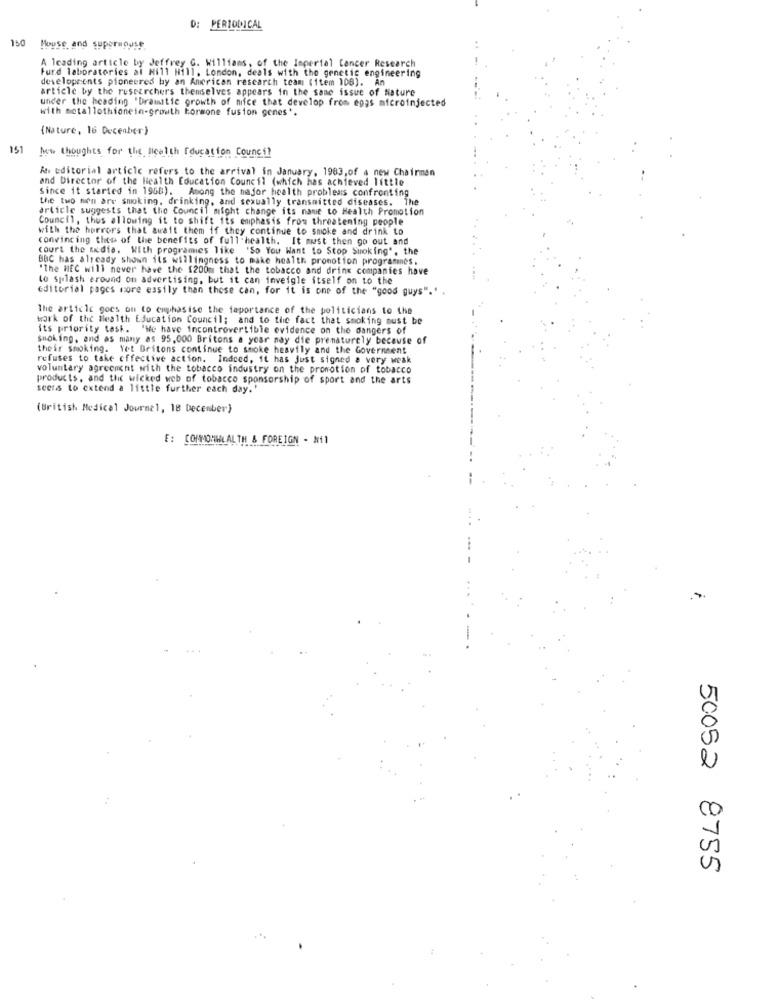
D: PERIODICAL
150
House and supermouse
A leading article by Jeffrey G. Williams, of the Imperial Cancer Research
Furd laboratories al Mill Hill. London, deals with the genetic engineering
developcents pioneered by an American research team (item 108). An
article by the researchers themselves appears in the same issue of Nature
under the heading "Dramitie growth of nifce that develop from eggs microinjected
with metallothionein-growth hormone fusion genes'.
(Nature, 16 December)
151
New thoughts for the Health Education Council
An Editorial article refers to the arrival in January, 1983,of a new Chairman
and Director of the Health Education Council (which has achieved little
Since it started in 1968). Among the major health problems confronting
the two men are smoking, drinking, and sexually transmitted diseases. The
article suggests that the Council might change its name to Health Promotion
Council, thus allowing it to shift its emphasis from threatening people
with the horrors that await them if they continue to smoke and drink to
convincing these of the benefits of full health. It must then go out and
court the media. With programes like 'So You Want to Stop Smoking", the
BBC has already shown ils willingness to make health promotion programmes.
"The HEC will never have the 1200m that the tobacco and dring companies have
to splash around on advertising, but it can inveigle itself on to the
editorial pages more easily than those can, for it is one of the "good guys"."
The article goes on to emphasise the iaportance of the politicians to the
work of the Health Education Council; and to the fact that smoking must be
its priority task. "We have incontrovertible evidence on the dangers of
Smoking, and as many as 95,000 Britons a your nay die prematurely because of
their smoking. Yet Britons continue to smoke heavily and the Government
refuses to take effective action. Indeed, it has just signed a very weak
voluntary agreement with the tobacco industry on the promotion of tobacco
products, and the wicked web of tobacco sponsorship of sport and the arts
seers to extend a little further each day.'
(British Medical Journal, 18 December}
E: COMMOMIHLALTH & FOREIGN - Nil
50052 8755
..